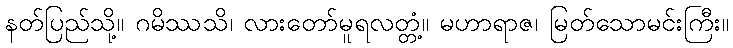
နတ်ပြည်သို့။ ဂမိဿသိ၊ လားတော်မူရလတ္တံ့။ မဟာရာဇ၊ မြတ်သောမင်းကြီး။